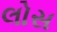
લોસ